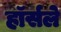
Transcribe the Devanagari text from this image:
हॉर्सले